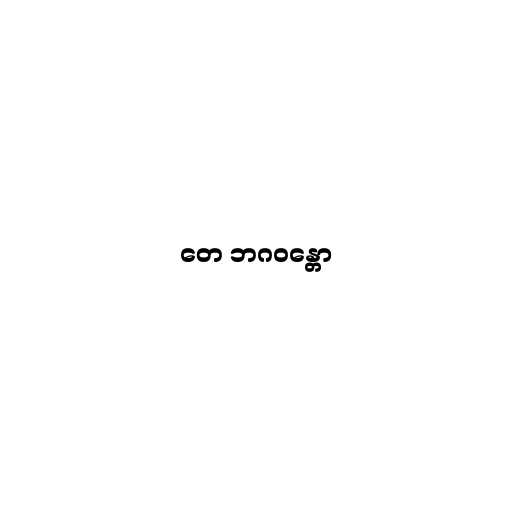
တေ ဘဂဝန္တော